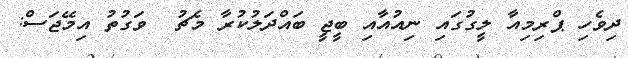
ދިވެހި ޕްރިމިއާ ލީގުގައި ނިއުއާއި ބީޖީ ބައްދަލުކުރާ މެޗު  ވަގުތު އިމޭޖަސް: